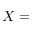
X =